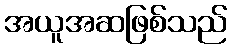
အယူအဆဖြစ်သည်